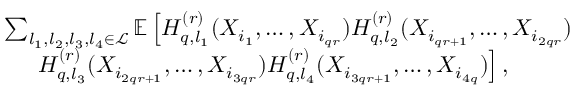
\begin{array} { r l } & { \sum _ { l _ { 1 } , l _ { 2 } , l _ { 3 } , l _ { 4 } \in \mathcal { L } } \mathbb { E } \left[ H _ { q , l _ { 1 } } ^ { ( r ) } ( X _ { i _ { 1 } } , \ldots , X _ { i _ { q r } } ) H _ { q , l _ { 2 } } ^ { ( r ) } ( X _ { i _ { q r + 1 } } , \ldots , X _ { i _ { 2 q r } } ) \right. } \\ & { ~ ~ ~ ~ \left. H _ { q , l _ { 3 } } ^ { ( r ) } ( X _ { i _ { 2 q r + 1 } } , \ldots , X _ { i _ { 3 q r } } ) H _ { q , l _ { 4 } } ^ { ( r ) } ( X _ { i _ { 3 q r + 1 } } , \ldots , X _ { i _ { 4 q } } ) \right] , } \end{array}